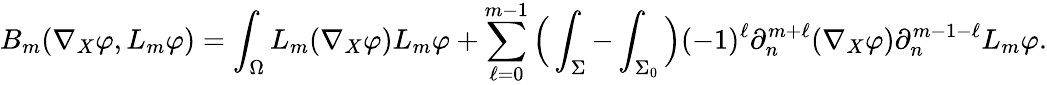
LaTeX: B_{m}(\nabla_{X}\varphi,L_{m}\varphi)=\int_{\Omega}L_{m}(\nabla_{X}\varphi)L_{m}\varphi+\sum_{\ell=0}^{m-1}\Big(\int_{\Sigma}-\int_{\Sigma_{0}}\Big)(-1)^{\ell}\partial_{n}^{m+\ell}(\nabla_{X}\varphi)\partial_{n}^{m-1-\ell}L_{m}\varphi.